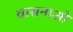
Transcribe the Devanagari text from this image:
वासनाओ